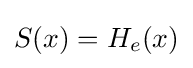
S(x)=H_{e}(x)